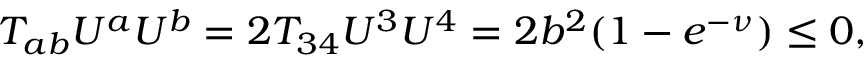
T _ { a b } U ^ { a } U ^ { b } = 2 T _ { 3 4 } U ^ { 3 } U ^ { 4 } = 2 b ^ { 2 } ( 1 - e ^ { - \nu } ) \le 0 ,